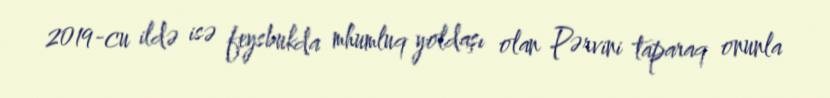
2019-cu ildə isə feysbukda mhumluq yoldaşı olan Pərvini taparaq onunla